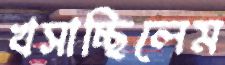
খসাচ্ছিলেম